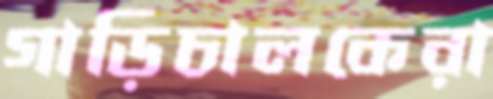
গাড়িচালকেরা